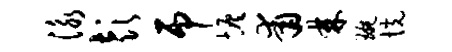
泳彭吊恢甫棘琬恍